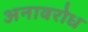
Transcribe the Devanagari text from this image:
अनावरोध